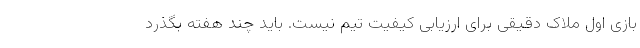
بازی اول ملاک دقیقی برای ارزیابی کیفیت تیم نیست. باید چند هفته بگذرد